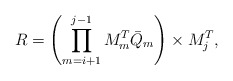
\begin{align*} R = \left(\prod_{m=i+1}^{j-1} M_m^T \bar{Q}_m\right) \times M_j^T,\end{align*}